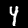
Digit: 4